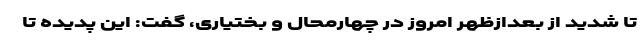
تا شدید از بعدازظهر امروز در چهارمحال و بختیاری، گفت: این پدیده تا